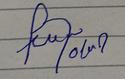
Signature authenticity: forged